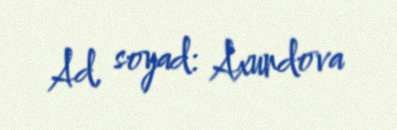
Ad, soyad: Axundova